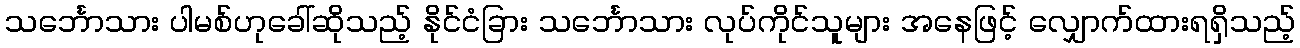
သင်္ဘောသား ပါမစ်ဟုခေါ်ဆိုသည့် နိုင်ငံခြား သင်္ဘောသား လုပ်ကိုင်သူများ အနေဖြင့် လျှောက်ထားရရှိသည့်